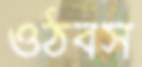
ওঠবস